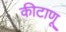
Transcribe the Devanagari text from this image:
कीटाणू